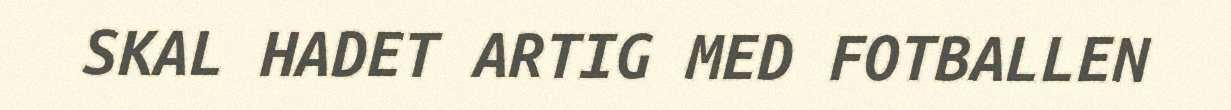
SKAL HADET ARTIG MED FOTBALLEN